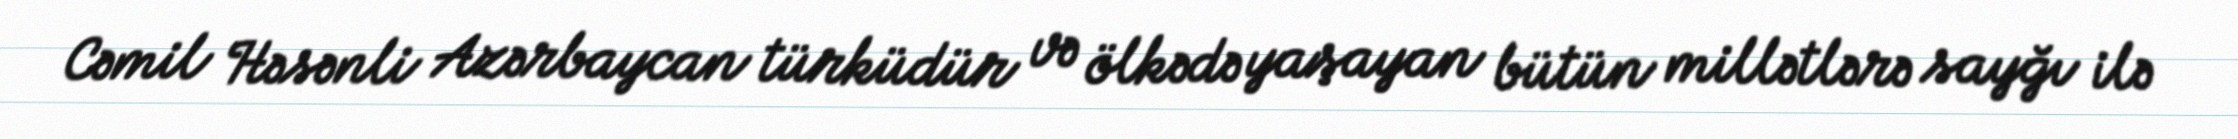
Cəmil Həsənli Azərbaycan türküdür və ölkədə yaşayan bütün millətlərə sayğı ilə